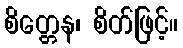
စိတ္တေန၊ စိတ်ဖြင့်။